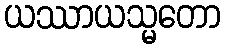
ယဿာယသ္မတော